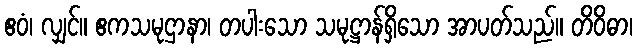
ဧဝံ၊ လျှင်။ ဧကသမုဌာနာ၊ တပါးသော သမုဋ္ဌာန်ရှိသော အာပတ်သည်။ တိဝိဓာ၊